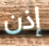
إذن